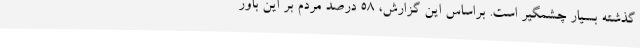
گذشته بسیار چشمگیر است. براساس این گزارش، 58 درصد مردم بر این باور